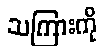
သကြားကို